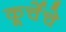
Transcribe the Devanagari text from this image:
कूर्चेचे